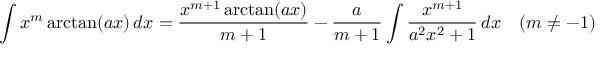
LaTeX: \int x ^ { m } \arctan ( a x ) \, d x = { \frac { x ^ { m + 1 } \arctan ( a x ) } { m + 1 } } - { \frac { a } { m + 1 } } \int { \frac { x ^ { m + 1 } } { a ^ { 2 } x ^ { 2 } + 1 } } \, d x \quad ( m \neq - 1 )